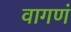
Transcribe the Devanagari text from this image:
वागणं